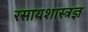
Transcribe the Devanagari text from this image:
रसायशास्त्रज्ञ